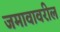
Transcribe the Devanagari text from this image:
जमावावरील